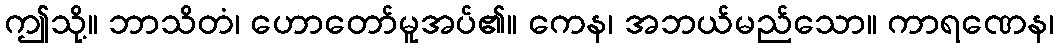
ဤသို့။ ဘာသိတံ၊ ဟောတော်မူအပ်၏။ ကေန၊ အဘယ်မည်သော။ ကာရဏေန၊